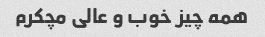
همه چیز خوب و عالی مچکرم